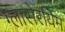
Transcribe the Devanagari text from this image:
ग्लासेरयिम